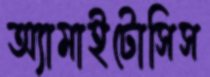
অ্যামাইটোসিস